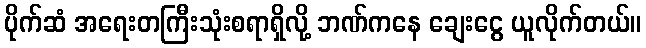
ပိုက်ဆံ အရေးတကြီးသုံးစရာရှိလို့ ဘဏ်ကနေ ချေးငွေ ယူလိုက်တယ်။